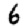
Digit: 6